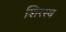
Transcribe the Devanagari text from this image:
शिरस्थ